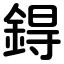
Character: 鍀